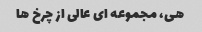
هی، مجموعه ای عالی از چرخ ها